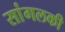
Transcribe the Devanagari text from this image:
सांगलकी